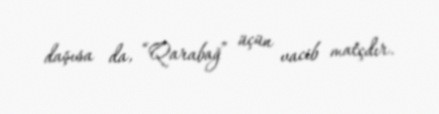
daşısa da, “Qarabağ” üçün vacib matçdır.